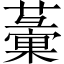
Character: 𧁸